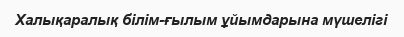
Халықаралық білім-ғылым ұйымдарына мүшелігі